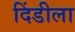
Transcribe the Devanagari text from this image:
दिंडीला